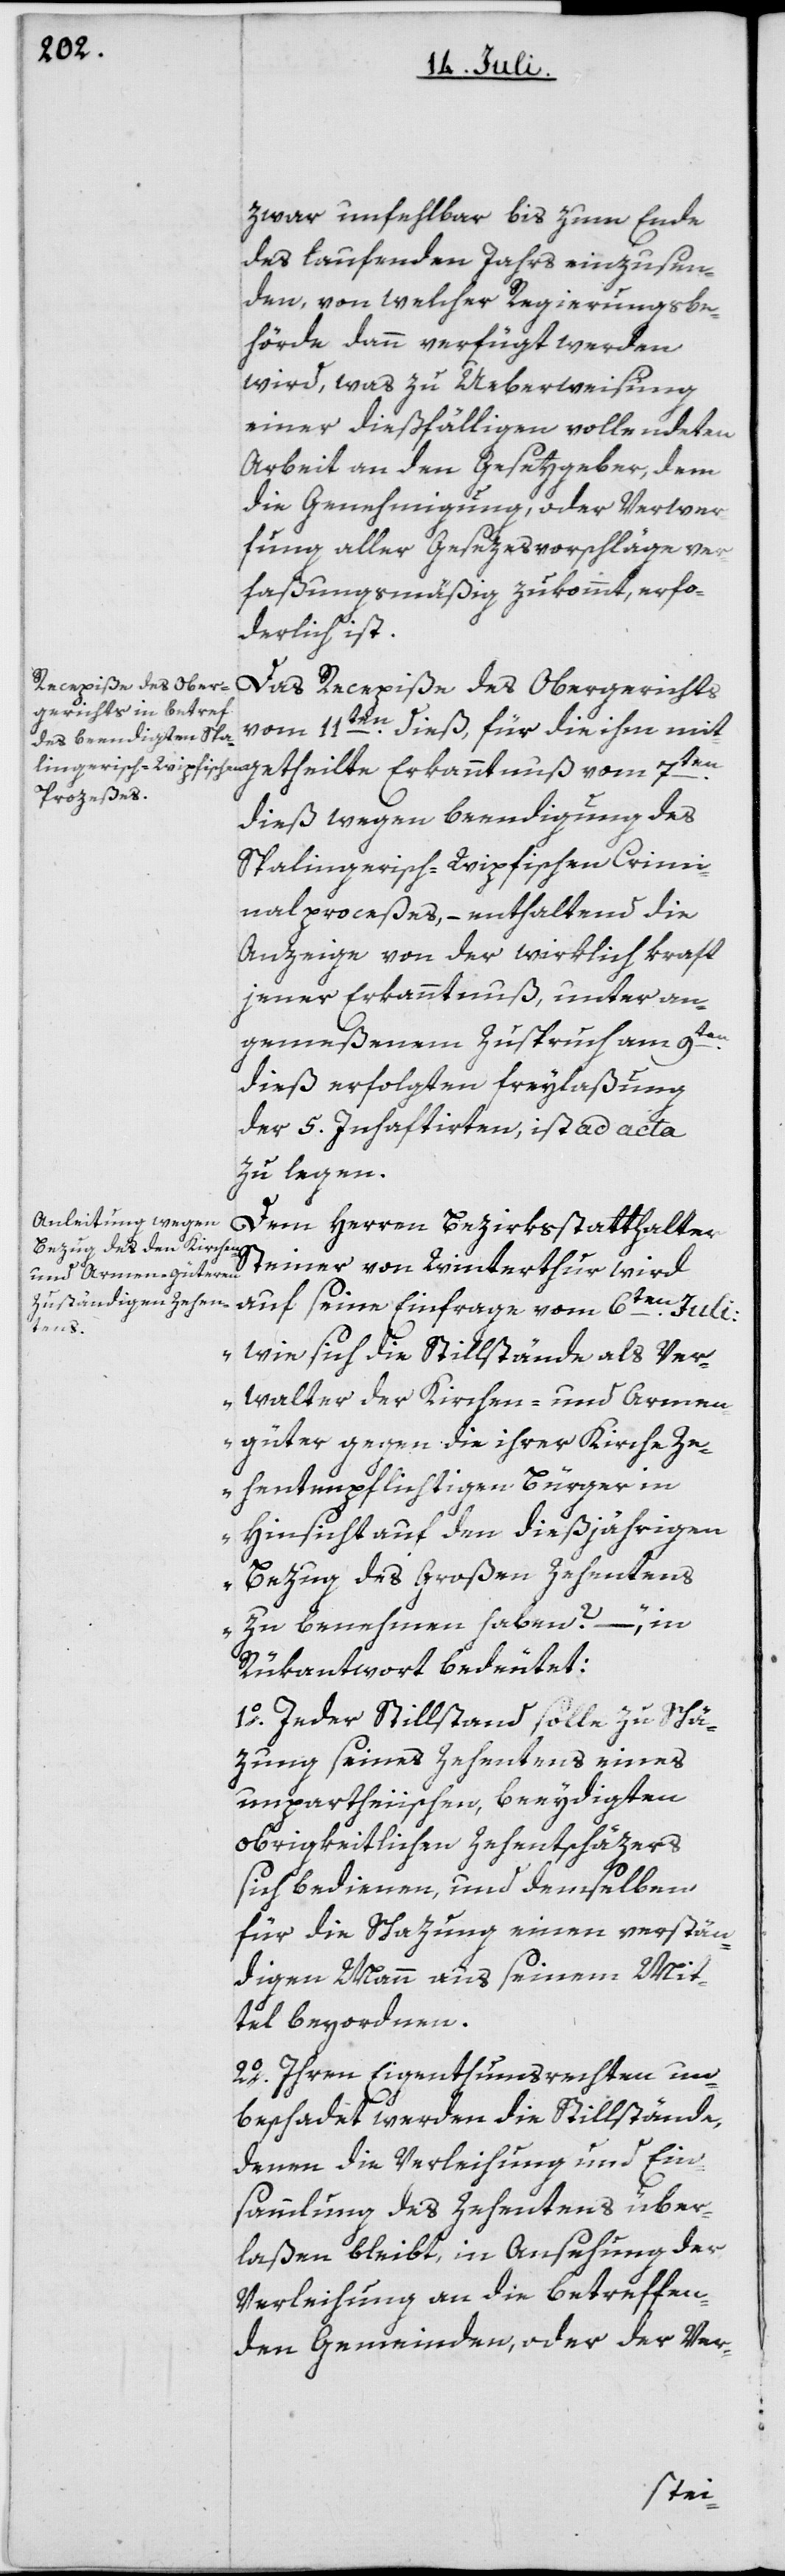
zwar unfehlbar bis zum Ende
des laufenden Jahrs einzusen¬
den, von welcher Regierungsbe¬
hörde dann verfügt werden
wird, was zur Ueberweisung
einer dießfälligen vollendeten
Arbeit an den Gesetzgeber, dem
die Genehmigung, oder Verwer¬
fung aller Gesezesvorschläge ver¬
faßungsmäßig zukommt, erfor¬
derlich ist.
vom 11ten dieß, für die ihm mit¬
dieß wegen beendigung des
Spalingerisch-Wipfischen Crimi¬
nalproceßes, – enthaltend die
Anzeige von der wirklich kraft
jener Erkanntnuß, unter an¬
gemeßenem Zuspruch am 9ten
dieß erfolgten freylaßung
der 5. Inhaftirten, ist ad acta
zu legen.
Dem Herren Bezirksstatthalter
Steiner von Winterthur wird
auf seine Einfrage vom 6ten Juli:
„wie sich die Stillstände als Ver¬
walter der Kirchen- und Armen¬
güter gegen die ihrer Kirche Ze¬
hentenpflichtigen Bürger in
Hinsicht auf den dießjährigen
Bezug des Großen Zehentens
zu benehmen haben? – “, in
Rükantwort bedeutet:
1o. Jeder Stillstand solle zu Schä¬
zung seines Zehentens eines
unpartheiischen, beeydigten
obrigkeitlichen Zehentschäzers
sich bedienen, und demselben
für die Schazung einen verstän¬
digen Mann aus seinem Mit¬
tel beyordnen.
2o. Ihren Eigenthumsrechten un¬
beschadet werden die Stillstände,
denen die Verleihung und Ein¬
sammlung des Zehentens über¬
laßen bleibt, in Ansehung der
Verleihung an die betreffen¬
den Gemeinden, oder der Ver-
getheilte